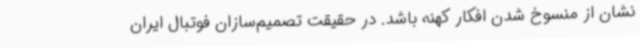
نشان از منسوخ شدن افکار کهنه باشد. در حقیقت تصمیم‌سازان فوتبال ایران